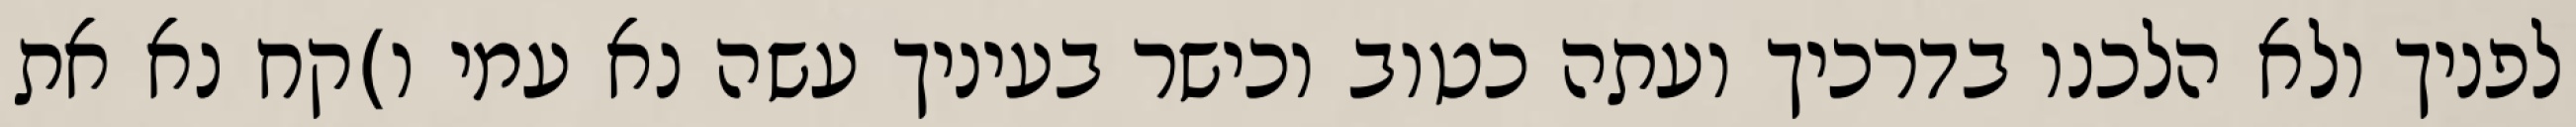
לפניך ולא הלכנו בדרכיך ועתה כטוב וכישר בעיניך עשה נא עמי ו)קח נא את